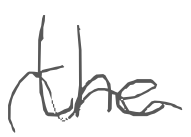
Text: the
Cross-out: wave
Writing tool: digital_gray